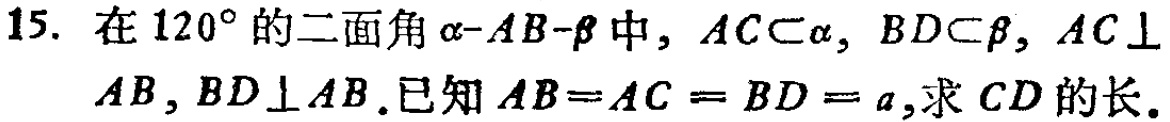
15. 在 \(120^{\circ}\) 的二面角 \(\alpha - AB - \beta\) 中，\(AC\subset\alpha\)，\(BD\subset\beta\)，\(AC\perp AB\)，\(BD\perp AB\). 已知 \(AB = AC = BD = a\)，求 \(CD\) 的长.